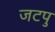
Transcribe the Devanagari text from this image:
जटपु